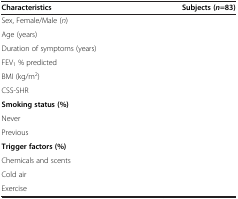
<table><thead><tr><td><b>Characteristics</b></td><td><b>Subjects (<i>n </i>=83)</b></td></tr></thead><tbody><tr><td>Sex, Female/Male (<i>n</i>)</td><td>[EMPTY_CELL]</td></tr><tr><td>Age (years)</td><td>[EMPTY_CELL]</td></tr><tr><td>Duration of symptoms (years)</td><td>[EMPTY_CELL]</td></tr><tr><td>FEV<sub>1</sub> % predicted</td><td>[EMPTY_CELL]</td></tr><tr><td>BMI (kg/m<sup>2</sup>)</td><td>[EMPTY_CELL]</td></tr><tr><td>CSS-SHR</td><td>[EMPTY_CELL]</td></tr><tr><td><b>Smoking status (%)</b></td><td>[EMPTY_CELL]</td></tr><tr><td>Never</td><td>[EMPTY_CELL]</td></tr><tr><td>Previous</td><td>[EMPTY_CELL]</td></tr><tr><td><b>Trigger factors (%)</b></td><td>[EMPTY_CELL]</td></tr><tr><td>Chemicals and scents</td><td>[EMPTY_CELL]</td></tr><tr><td>Cold air</td><td>[EMPTY_CELL]</td></tr><tr><td>Exercise</td><td>[EMPTY_CELL]</td></tr></tbody></table>